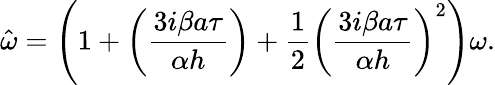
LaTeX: \hat{\omega}=\left(1+\left(\frac{3i\beta a\tau}{\alpha h}\right)+\frac{1}{2}\left(\frac{3i\beta a\tau}{\alpha h}\right)^{2}\right)\omega.